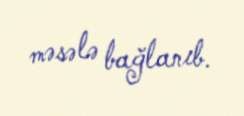
məsələ bağlanıb.